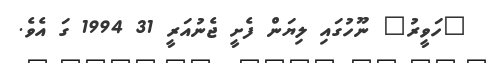
"ހަވީރު" ނޫހުގައި ލިޔަން ފެށީ ޖެނުއަރީ 31 1994 ގަ އެވެ.